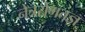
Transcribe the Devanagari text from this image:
नेत्ररोगतज्ञ